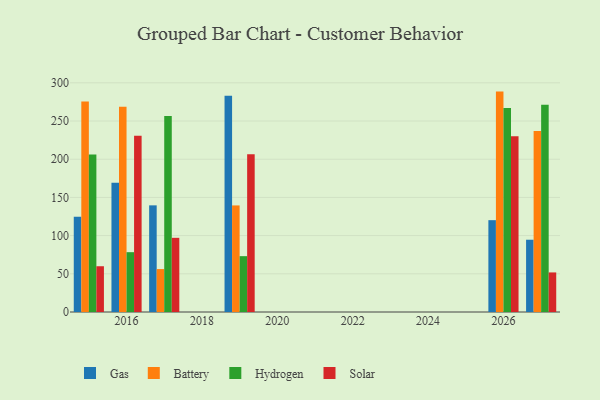
{"axis": {"x": "Year", "y": "Budget (USD K)"}, "legend": ["Battery", "Gas", "Hydrogen", "Solar"], "data": [{"x": "2017", "y": 139.6, "type": "Gas"}, {"x": "2017", "y": 56.2, "type": "Battery"}, {"x": "2017", "y": 256.5, "type": "Hydrogen"}, {"x": "2017", "y": 97.1, "type": "Solar"}, {"x": "2015", "y": 124.8, "type": "Gas"}, {"x": "2015", "y": 275.5, "type": "Battery"}, {"x": "2015", "y": 206.3, "type": "Hydrogen"}, {"x": "2015", "y": 59.9, "type": "Solar"}, {"x": "2019", "y": 283.0, "type": "Gas"}, {"x": "2019", "y": 139.5, "type": "Battery"}, {"x": "2019", "y": 73.1, "type": "Hydrogen"}, {"x": "2019", "y": 206.6, "type": "Solar"}, {"x": "2016", "y": 169.1, "type": "Gas"}, {"x": "2016", "y": 268.6, "type": "Battery"}, {"x": "2016", "y": 78.3, "type": "Hydrogen"}, {"x": "2016", "y": 230.7, "type": "Solar"}, {"x": "2026", "y": 120.2, "type": "Gas"}, {"x": "2026", "y": 288.5, "type": "Battery"}, {"x": "2026", "y": 266.9, "type": "Hydrogen"}, {"x": "2026", "y": 229.9, "type": "Solar"}, {"x": "2027", "y": 94.6, "type": "Gas"}, {"x": "2027", "y": 236.8, "type": "Battery"}, {"x": "2027", "y": 271.3, "type": "Hydrogen"}, {"x": "2027", "y": 51.8, "type": "Solar"}]}